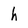
Character: h